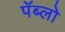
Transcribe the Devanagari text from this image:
पॅब्लो